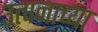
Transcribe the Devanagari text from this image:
उत्पनाच्या